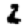
Digit: 2